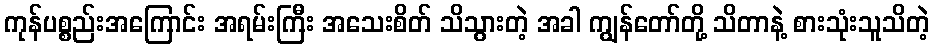
ကုန်ပစ္စည်းအကြောင်း အရမ်းကြီး အသေးစိတ် သိသွားတဲ့ အခါ ကျွန်တော်တို့ သိတာနဲ့ စားသုံးသူသိတဲ့